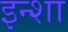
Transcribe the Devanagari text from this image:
इन्शा